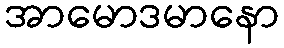
အာမောဒမာနော